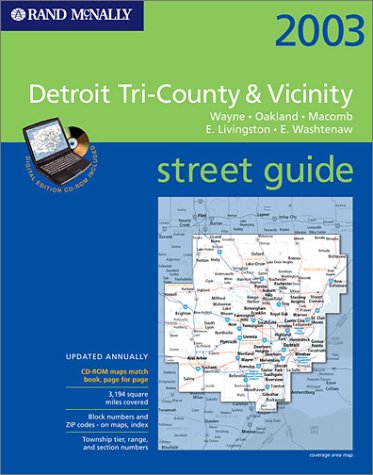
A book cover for Detroit Tri-County & Vicinity Street Guide 2003: Wayne, Oakland, Macomb, E. Livingston, E. Washtenaw; Rand McNally; Travel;